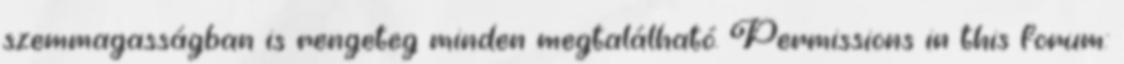
szemmagasságban is rengeteg minden megtalálható. Permissions in this forum: